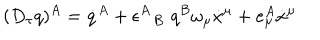
LaTeX: ( D _ { \tau } q ) ^ { A } = \dot { q } ^ { A } + \epsilon ^ { A } \! \! { \phantom { \epsilon } } _ { B } \, \, q ^ { B } \omega _ { \mu } \dot { x } ^ { \mu } + e _ { \mu } ^ { A } \dot { x } ^ { \mu }